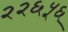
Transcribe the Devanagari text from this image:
२२६५६